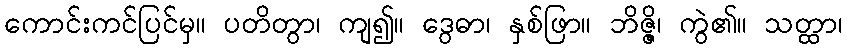
ကောင်းကင်ပြင်မှ။ ပတိတွာ၊ ကျ၍။ ဒွေဓာ၊ နှစ်ဖြာ။ ဘိဇ္ဇိ၊ ကွဲ၏။ သတ္ထာ၊